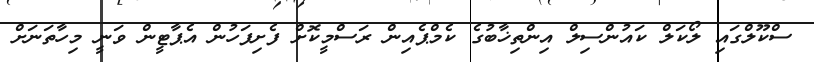
ސްކޫލްގައި ލޯކަލް ކައުންސިލް އިންތިޚާބުގެ ކެމްޕެއިން ރަސްމީކޮށް ފެށިފަހުން އެޕާޓީން ވަނީ މިހާތަނަށް